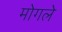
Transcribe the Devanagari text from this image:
मोगले